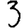
Digit: 3